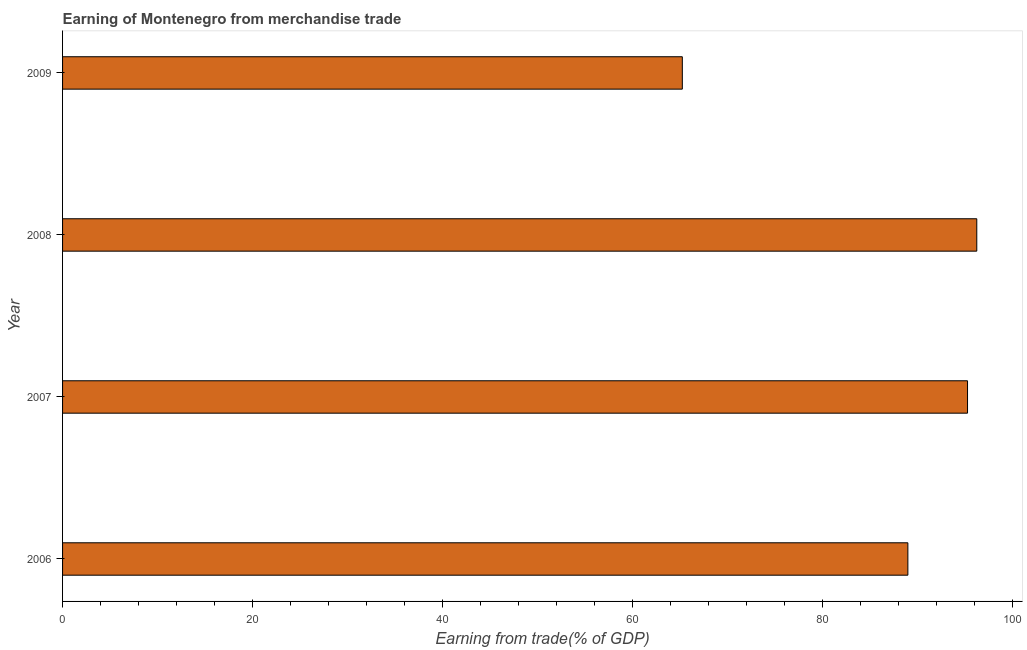
| Year | Merchandise trade |
 | --- | --- |
 | 2006 | 88.9 |
 | 2007 | 95.2 |
 | 2008 | 96.2 |
 | 2009 | 65.2 |